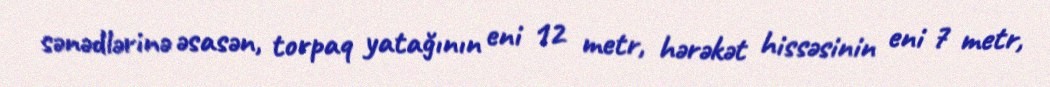
sənədlərinə əsasən, torpaq yatağının eni 12 metr, hərəkət hissəsinin eni 7 metr,